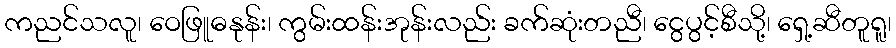
ကညင်သလူ၊ ဝေဖြူဓနုန်း၊ ကွမ်းထန်းအုန်းလည်း ခက်ဆုံးတညီ၊ ငွေပွင့်စီသို့၊ ရှေ့ဆီတူရူ၊